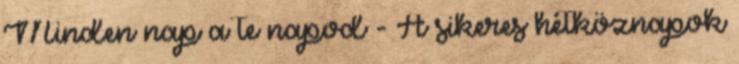
Minden nap a te napod - A sikeres hétköznapok